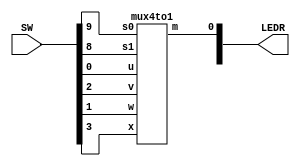
//SW[3:0] data inputs
//SW[9:8] select signal

//LEDR[0] output display

module mux2(LEDR, SW);
    input [9:0] SW;
    output [9:0] LEDR;

    mux4to1 u0(
        .u(SW[0]),
        .w(SW[1]),
        .v(SW[2]),
        .x(SW[3]),
        .s1(SW[8]),
        .s0(SW[9]),
        .m(LEDR[0])
        );
endmodule

module mux4to1(u, v, w, x, s0, s1, m);
    input u; //selected when s0 is 0 and s1 is 0
    input v; //selected when s0 is 1 and s1 is 0
    input w; //selected when s0 is 0 and s1 is 1
    input x; //selected when s0 is 1 and s1 is 1 
    input s0; //select signal0
    input s1; //select signal1
    output m; //output
    
    wire Connection01, Connection02; //wire connections
    
    mux2to1 b0(
        .a(u),
        .b(w),
        .s(s1),
        .out(Connection01)
        );
    
    mux2to1 b1(
        .a(v),
        .b(x),
        .s(s1),
        .out(Connection02)
        );

    mux2to1 b2(
        .a(Connection01),
        .b(Connection02),
        .s(s0),
        .out(m)
        );
endmodule

module mux2to1(a, b, s, out);
    input a; //selected when s is 0
    input b; //selected when s is 1
    input s; //select signal
    output out; //output
  
    assign out = s & b | ~s & a;

endmodule